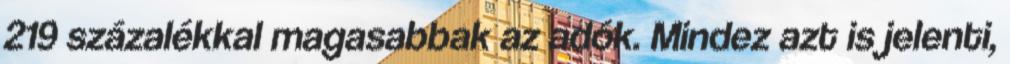
219 százalékkal magasabbak az adók. Mindez azt is jelenti,